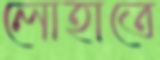
লোহাতে